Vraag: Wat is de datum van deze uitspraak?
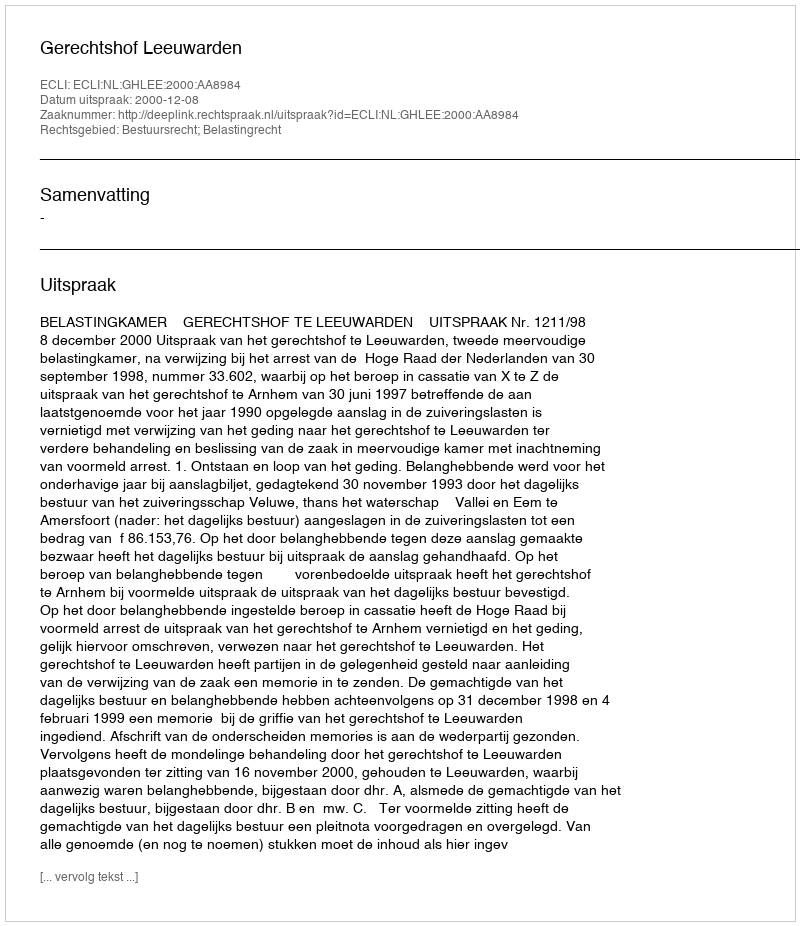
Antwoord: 2000-12-08